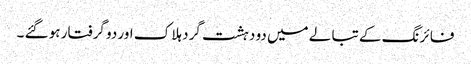
فا ئر نگ کے تبا لے میں دو دہشت گرد ہلا ک اور دو گرفتار ہو گئے ۔